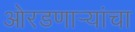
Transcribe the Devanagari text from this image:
ओरडणार्‍यांचा